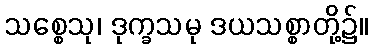
သစ္စေသု၊ ဒုက္ခသမု ဒယသစ္စာတို့၌။